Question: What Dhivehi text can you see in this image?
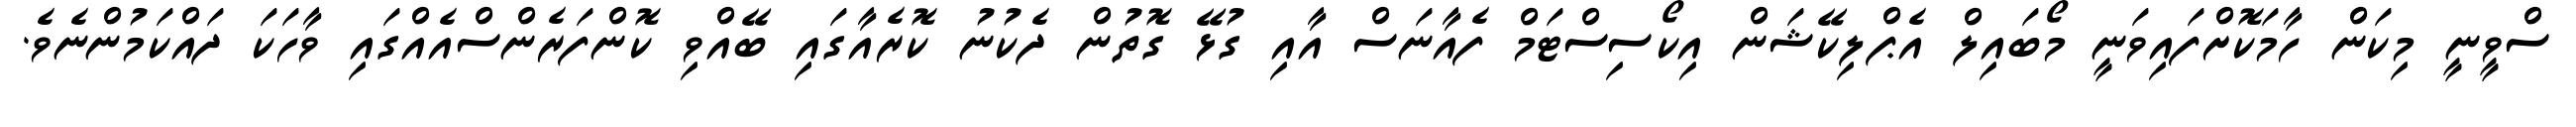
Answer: ސްވީނީ މިކަން ހާމަކޮށްފައިވަނީ މޯބައިލް އެޕްލިކޭޝަން އިކޯސިސްޓަމް ފެއާނަސް އާއި ގުޅޭ ގޮތުން ދެކުނު ކޮރެއާގައި ބޭއްވި ކޮންފަރެންސްއެއްގައި ވާހަކަ ދައްކަމުންނެވެ.